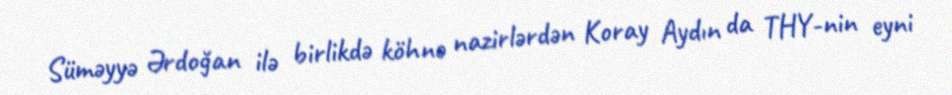
Süməyyə Ərdoğan ilə birlikdə köhnə nazirlərdən Koray Aydın da THY-nin eyni